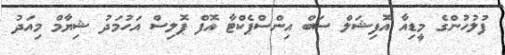
ފުލުހުންގެ މީޑިއާ އޮފިޝަލް ސަބް އިންސްޕެކްޓާ އޮފް ޕޮލިސް އަހުމަދު ޝިޔާމް މިއަދު